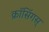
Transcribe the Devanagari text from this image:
क्रॉसिंगस्